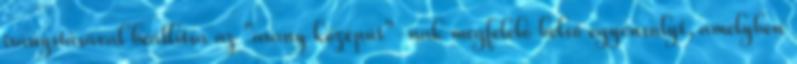
irányításával beállítsa az "arany középút"-nak megfelelő belső egyensúlyt, amelyben